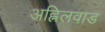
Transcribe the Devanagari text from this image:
अह्निलवाड